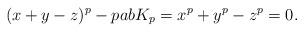
LaTeX: \begin{align*} (x+y-z)^p - pabK_p = x^p + y^p - z^p = 0.\end{align*}